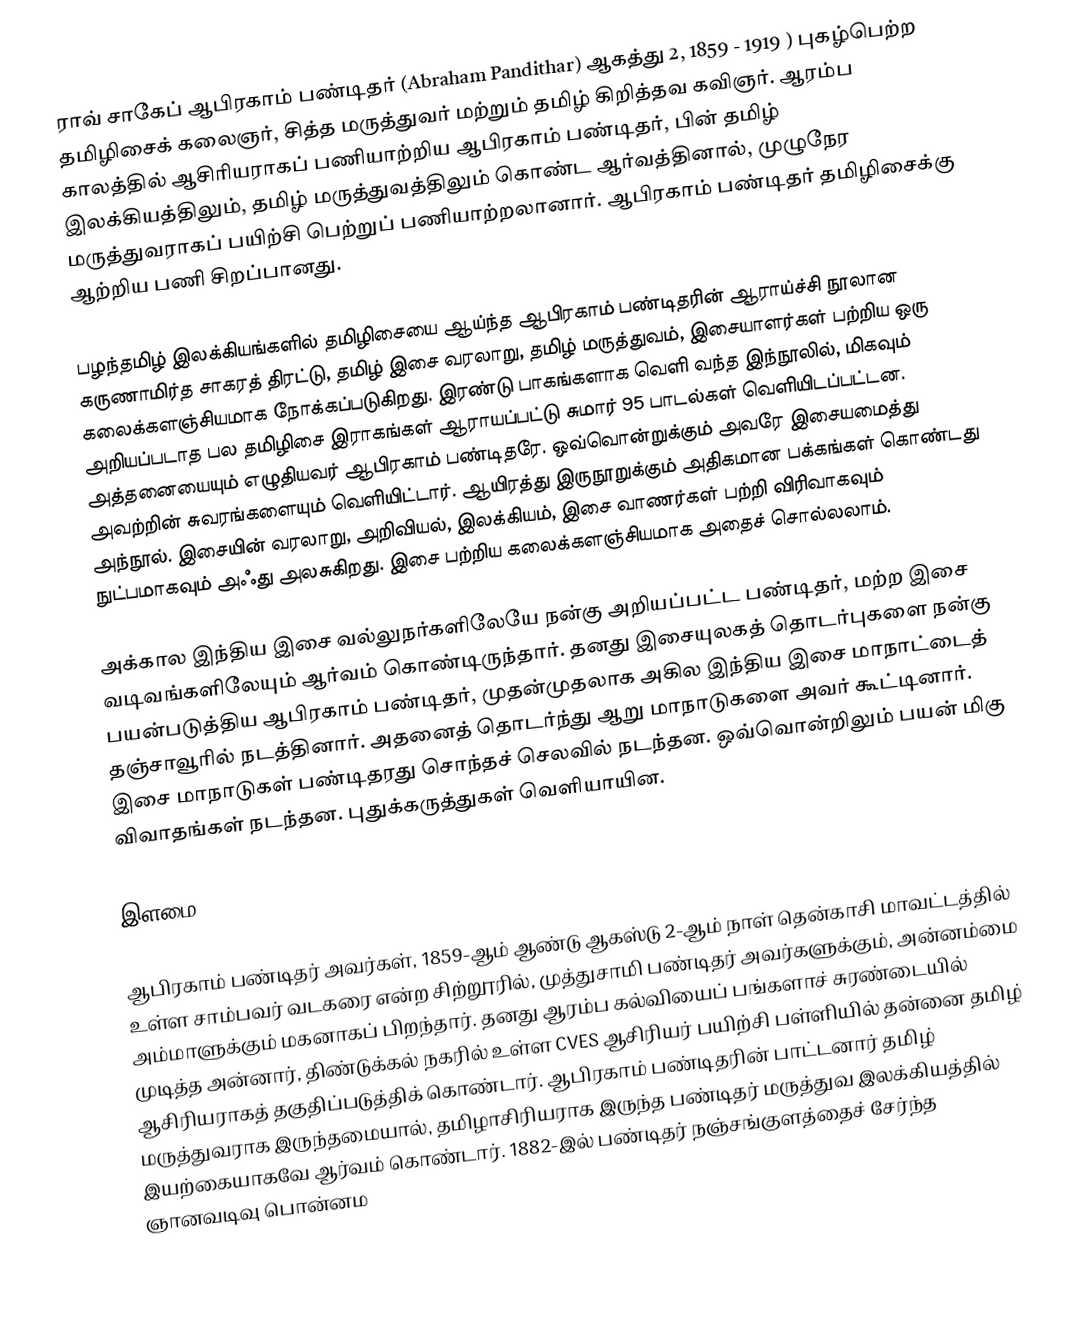
ராவ் சாகேப் ஆபிரகாம் பண்டிதர் (Abraham Pandithar) ஆகத்து 2, 1859 - 1919 ) புகழ்பெற்ற தமிழிசைக் கலைஞர், சித்த மருத்துவர் மற்றும் தமிழ் கிறித்தவ கவிஞர். ஆரம்ப காலத்தில் ஆசிரியராகப் பணியாற்றிய ஆபிரகாம் பண்டிதர், பின் தமிழ் இலக்கியத்திலும், தமிழ் மருத்துவத்திலும் கொண்ட ஆர்வத்தினால், முழுநேர மருத்துவராகப் பயிற்சி பெற்றுப் பணியாற்றலானார். ஆபிரகாம் பண்டிதர் தமிழிசைக்கு ஆற்றிய பணி சிறப்பானது.

பழந்தமிழ் இலக்கியங்களில் தமிழிசையை ஆய்ந்த ஆபிரகாம் பண்டிதரின் ஆராய்ச்சி நூலான கருணாமிர்த சாகரத் திரட்டு, தமிழ் இசை வரலாறு, தமிழ் மருத்துவம், இசையாளர்கள் பற்றிய ஒரு கலைக்களஞ்சியமாக நோக்கப்படுகிறது.  இரண்டு பாகங்களாக வெளி வந்த இந்நூலில், மிகவும் அறியப்படாத பல தமிழிசை இராகங்கள் ஆராயப்பட்டு சுமார் 95 பாடல்கள் வெளியிடப்பட்டன. அத்தனையையும் எழுதியவர் ஆபிரகாம் பண்டிதரே. ஒவ்வொன்றுக்கும் அவரே இசையமைத்து அவற்றின் சுவரங்களையும் வெளியிட்டார். ஆயிரத்து இருநூறுக்கும் அதிகமான பக்கங்கள் கொண்டது அந்நூல். இசையின் வரலாறு, அறிவியல், இலக்கியம், இசை வாணர்கள் பற்றி விரிவாகவும் நுட்பமாகவும் அஃது அலசுகிறது. இசை பற்றிய கலைக்களஞ்சியமாக அதைச் சொல்லலாம்.

அக்கால இந்திய இசை வல்லுநர்களிலேயே நன்கு அறியப்பட்ட பண்டிதர், மற்ற இசை வடிவங்களிலேயும் ஆர்வம் கொண்டிருந்தார். தனது இசையுலகத் தொடர்புகளை நன்கு பயன்படுத்திய ஆபிரகாம் பண்டிதர், முதன்முதலாக அகில இந்திய இசை மாநாட்டைத் தஞ்சாவூரில் நடத்தினார்.  அதனைத் தொடர்ந்து ஆறு மாநாடுகளை அவர் கூட்டினார். இசை மாநாடுகள் பண்டிதரது சொந்தச் செலவில் நடந்தன. ஒவ்வொன்றிலும் பயன் மிகு விவாதங்கள் நடந்தன. புதுக்கருத்துகள் வெளியாயின.

இளமை

ஆபிரகாம் பண்டிதர் அவர்கள், 1859-ஆம் ஆண்டு ஆகஸ்டு 2-ஆம் நாள் தென்காசி மாவட்டத்தில் உள்ள சாம்பவர் வடகரை என்ற சிற்றூரில், முத்துசாமி பண்டிதர்  அவர்களுக்கும், அன்னம்மை அம்மாளுக்கும்  மகனாகப் பிறந்தார். தனது ஆரம்ப கல்வியைப் பங்களாச் சுரண்டையில் முடித்த அன்னார், திண்டுக்கல் நகரில் உள்ள CVES ஆசிரியர் பயிற்சி பள்ளியில் தன்னை தமிழ் ஆசிரியராகத் தகுதிப்படுத்திக் கொண்டார். ஆபிரகாம் பண்டிதரின் பாட்டனார் தமிழ் மருத்துவராக இருந்தமையால், தமிழாசிரியராக இருந்த பண்டிதர் மருத்துவ இலக்கியத்தில் இயற்கையாகவே ஆர்வம் கொண்டார். 1882-இல் பண்டிதர் நஞ்சங்குளத்தைச் சேர்ந்த ஞானவடிவு பொன்னம